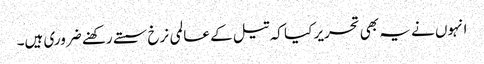
انہوں نے یہ بھی تحریر کیا کہ تیل کے عالمی نرخ سستے رکھنے ضروری ہیں۔